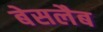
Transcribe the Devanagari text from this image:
बेसलैब